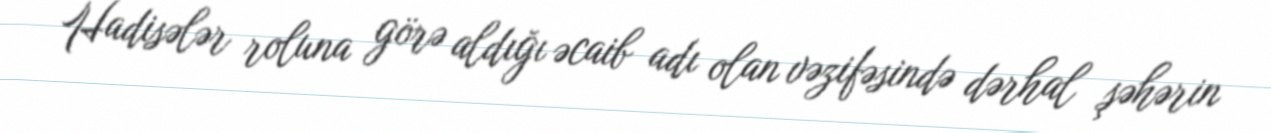
Hadisələr roluna görə aldığı əcaib adı olan vəzifəsində dərhal şəhərin